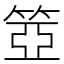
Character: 𥮳